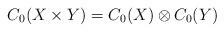
LaTeX: \begin{align*}C_0(X\times Y)=C_0(X)\otimes C_0(Y)\end{align*}